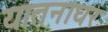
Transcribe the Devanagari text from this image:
यातनाघर